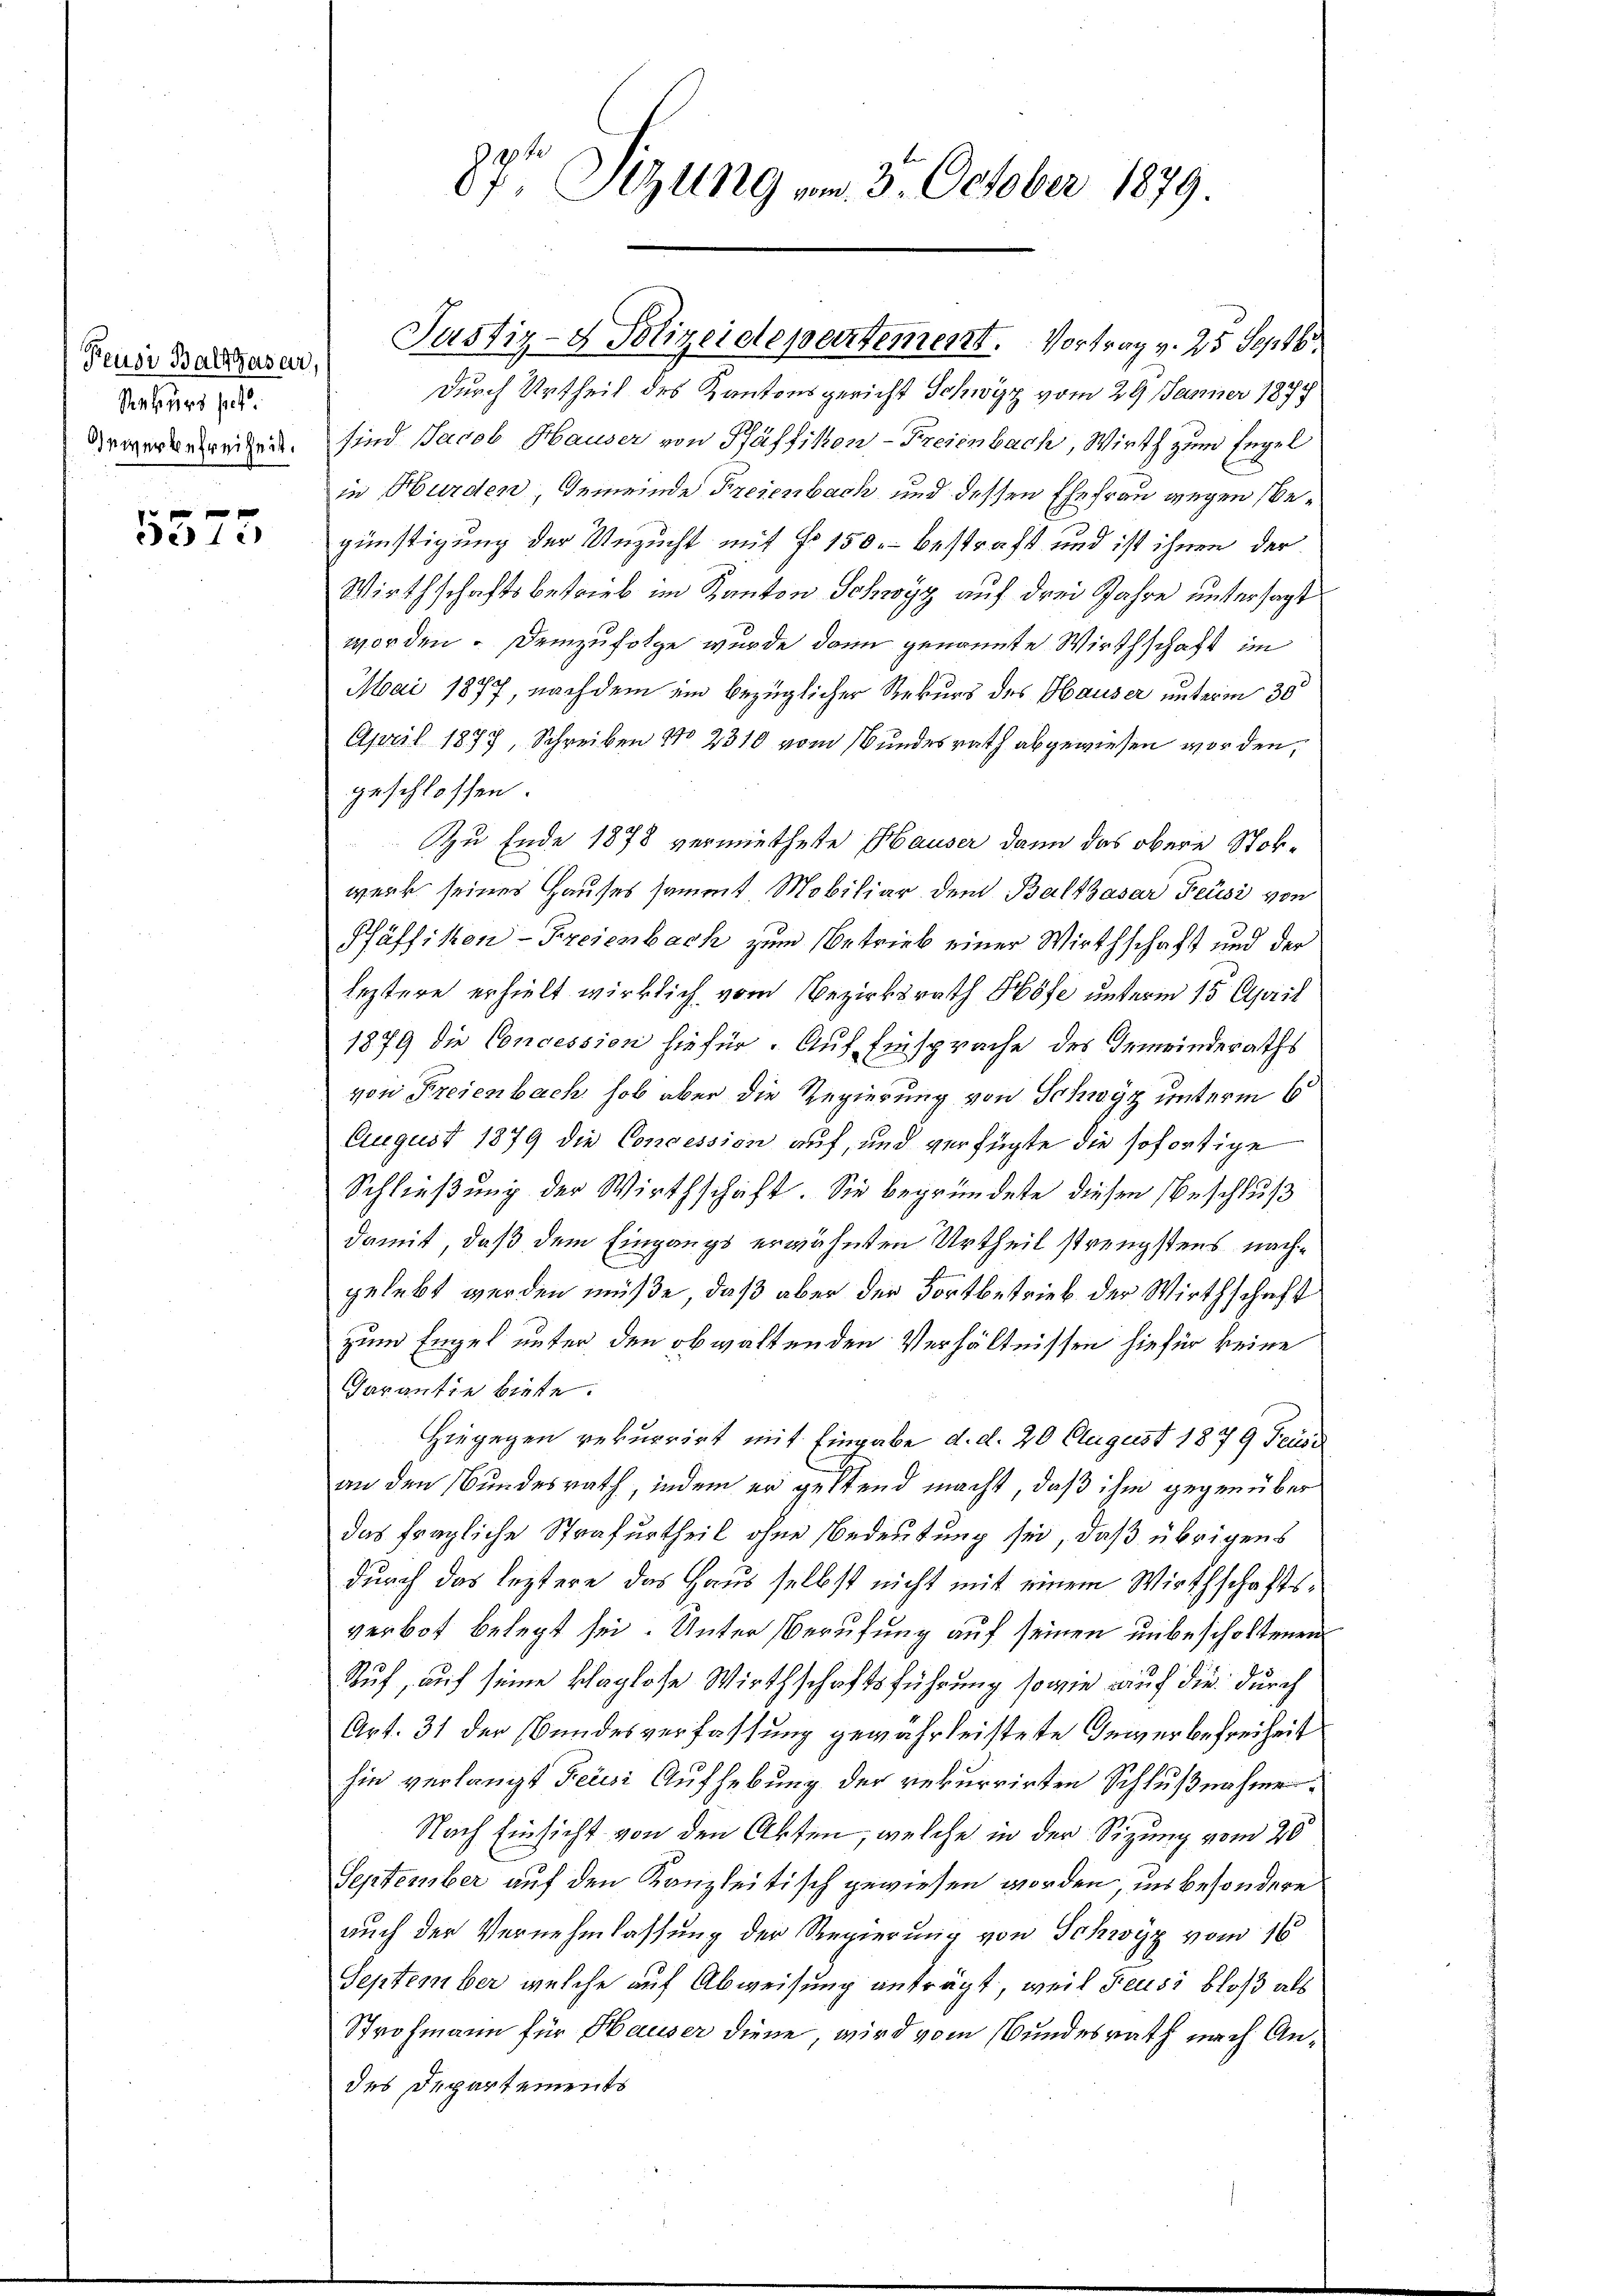
Reusi Balthasar,
Rekurs pet
Gewerbefreiheit.

f 0 x
de 1

87t Sizung vom 3. October 1879

Durch Urtheil des Kantonsgericht Schwyz vom 29. Jänner 1899
sind Jacob Hauser von Pfäffikon-Freienbach, Wirth zum Engel
bnen
in Hurden, Gemeinde Freienbach und dessen Ehefrau wegen begünstigung der Unzucht mit fr. 150. bestraft und ist ihnen der
Wirthschaftsbetrieb im Kanton Schwyz auf drei Jahre untersagt
worden. Demzufolge wurde dann genannte Wirthschaft im
Mai 1877, nach dem ein bezüglicher Rekurs des Hauser unterm 30
April 1877, Schreiben No 2310 vom Bundesrath abgewiesen worden.
geschlossen:
Zu Ende 1878 vermiethete Hauser dann das obere Stokwerk seines Hauses sammt Mobiliar dem Balthasar Feusi von
Pfäffiken-Freienbach zum Betrieb einer Wirthschaft und der
leztere erhielt wirklich vom Bezirksrath Höfe unterm 15. April
1879 die Concession hiefür. Auf Einsprache des Gemeinderaths
von Freienbach, hob aber die Regierung von Schwyz unterm 6.
August 1879 die Concession auf, und verfügte die sofortige
Schließung der Wirthschaft. Sie begründete diesen Beschluß
damit, daß dem Eingangs erwähnten Urtheil strengstens nachgelebt werden müße, daß aber der Fortbetrieb der Wirthschaft
zum Engel unter den obwaltenden Verhältnissen hiefür keine
Garantie biete.
Hiegegen rekurrirt mit Eingabe d. d. 20 August 1879 Feusi
an den Bundesrath, indem er geltend macht, daß ihm gegenüber
das fragliche Strafurtheil ohne Bedeutung sei, daß übrigens
durch das leztere das Haus selbst nicht mit einem Wirthschaftsverbot belegt sei. Unter Berufung auf seinen unbescholtenen
Ruf, auf seine klaglose Wirthschaftsführung sowie auf die durch
Art. 31 der Bundesverfassung gewährleistete Gewerbefreiheit
sie verlangt Feusi Aufhebung der rekurrirten Schlußnahier¬
Nach Einsicht von den Akten, welche in der Sitzung vom 20
September auf den Kanzleitisch gewiesen worden, in besondere
auch der Vernehmlassung der Regierung von Schwyz vom 16
September welche auf Abweisung anträgt, weil Feusi bloß als
Strohmann für Hauser diene wird vom Bundesrath nach Andes Departements

Justiz- & Polizeidepertement. Vortrag v. 25 Septbr.